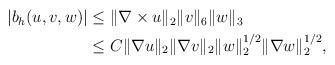
LaTeX: \begin{align*} \begin{aligned} |b_h(u,v,w)|&\leq \|\nabla\times u\|_{2}\|v\|_{6}\|w\|_{3} \\ &\leq C\|\nabla u\|_{2}\|\nabla v\|_{2}\|w\|_{2}^{1/2}\|\nabla w\|_{2}^{1/2} , \end{aligned}\end{align*}